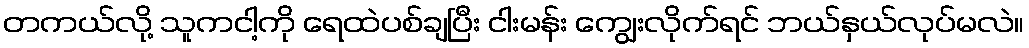
တကယ်လို့ သူကငါ့ကို ရေထဲပစ်ချပြီး ငါးမန်း ကျွေးလိုက်ရင် ဘယ်နှယ်လုပ်မလဲ။